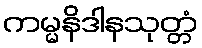
ကမ္မနိဒါနသုတ္တံ